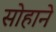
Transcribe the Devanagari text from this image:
सोहाने